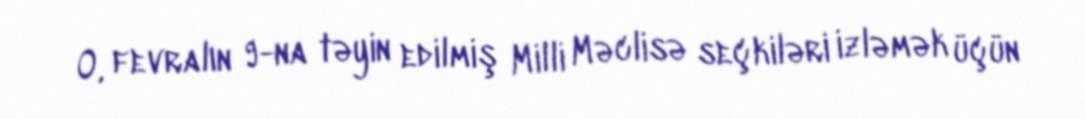
O, fevralın 9-na təyin edilmiş Milli Məclisə seçkiləri izləmək üçün